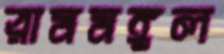
রামমঙ্গল